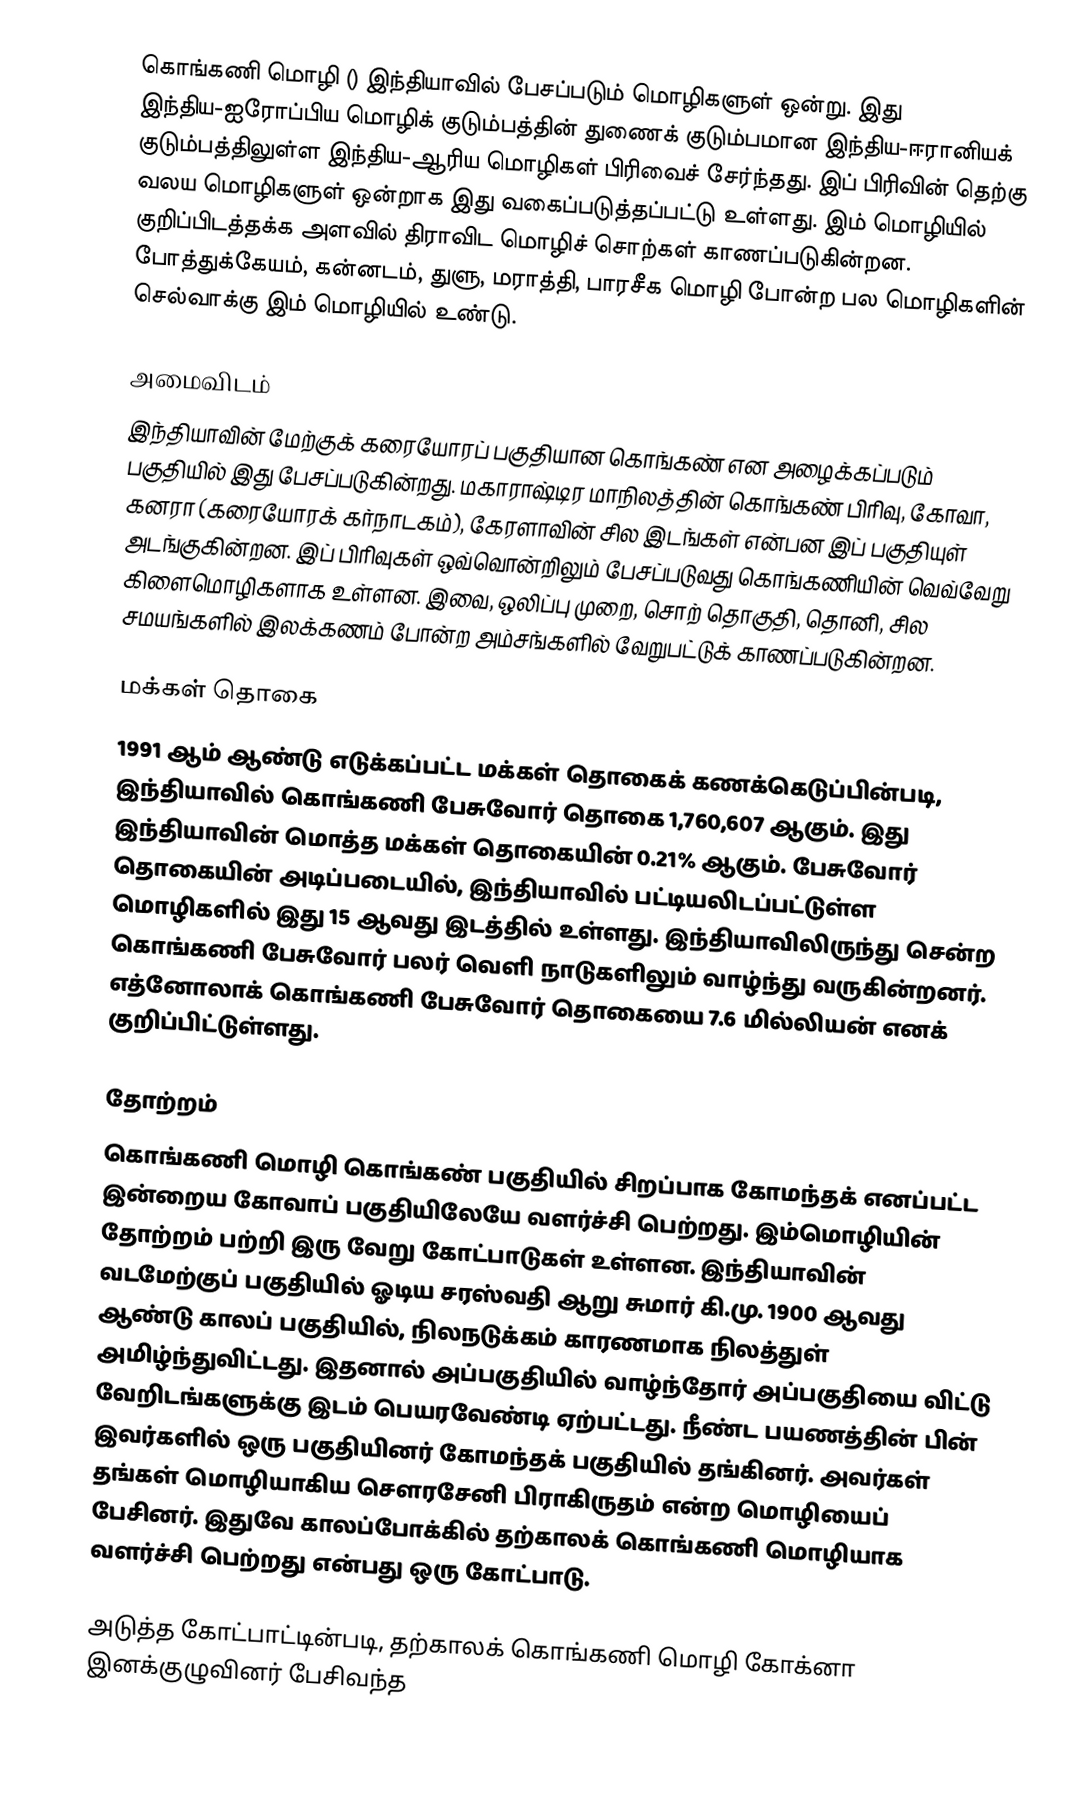
கொங்கணி மொழி () இந்தியாவில் பேசப்படும் மொழிகளுள் ஒன்று. இது இந்திய-ஐரோப்பிய மொழிக் குடும்பத்தின் துணைக் குடும்பமான இந்திய-ஈரானியக் குடும்பத்திலுள்ள இந்திய-ஆரிய மொழிகள் பிரிவைச் சேர்ந்தது. இப் பிரிவின் தெற்கு வலய மொழிகளுள் ஒன்றாக இது வகைப்படுத்தப்பட்டு உள்ளது. இம் மொழியில் குறிப்பிடத்தக்க அளவில் திராவிட மொழிச் சொற்கள் காணப்படுகின்றன. போத்துக்கேயம், கன்னடம், துளு, மராத்தி, பாரசீக மொழி போன்ற பல மொழிகளின் செல்வாக்கு இம் மொழியில் உண்டு.

அமைவிடம்
இந்தியாவின் மேற்குக் கரையோரப் பகுதியான கொங்கண் என அழைக்கப்படும் பகுதியில் இது பேசப்படுகின்றது. மகாராஷ்டிர மாநிலத்தின் கொங்கண் பிரிவு, கோவா, கனரா (கரையோரக் கர்நாடகம்), கேரளாவின் சில இடங்கள் என்பன இப் பகுதியுள் அடங்குகின்றன. இப் பிரிவுகள் ஒவ்வொன்றிலும் பேசப்படுவது கொங்கணியின் வெவ்வேறு கிளைமொழிகளாக உள்ளன. இவை, ஒலிப்பு முறை, சொற் தொகுதி, தொனி, சில சமயங்களில் இலக்கணம் போன்ற அம்சங்களில் வேறுபட்டுக் காணப்படுகின்றன.

மக்கள் தொகை
1991 ஆம் ஆண்டு எடுக்கப்பட்ட மக்கள் தொகைக் கணக்கெடுப்பின்படி, இந்தியாவில் கொங்கணி பேசுவோர் தொகை 1,760,607 ஆகும். இது இந்தியாவின் மொத்த மக்கள் தொகையின் 0.21% ஆகும். பேசுவோர் தொகையின் அடிப்படையில், இந்தியாவில் பட்டியலிடப்பட்டுள்ள மொழிகளில் இது 15 ஆவது இடத்தில் உள்ளது. இந்தியாவிலிருந்து சென்ற கொங்கணி பேசுவோர் பலர் வெளி நாடுகளிலும் வாழ்ந்து வருகின்றனர். எத்னோலாக் கொங்கணி பேசுவோர் தொகையை 7.6 மில்லியன் எனக் குறிப்பிட்டுள்ளது.

தோற்றம்
கொங்கணி மொழி கொங்கண் பகுதியில் சிறப்பாக கோமந்தக் எனப்பட்ட இன்றைய கோவாப் பகுதியிலேயே வளர்ச்சி பெற்றது. இம்மொழியின் தோற்றம் பற்றி இரு வேறு கோட்பாடுகள் உள்ளன. இந்தியாவின் வடமேற்குப் பகுதியில் ஓடிய சரஸ்வதி ஆறு சுமார் கி.மு. 1900 ஆவது ஆண்டு காலப் பகுதியில், நிலநடுக்கம் காரணமாக நிலத்துள் அமிழ்ந்துவிட்டது. இதனால் அப்பகுதியில் வாழ்ந்தோர் அப்பகுதியை விட்டு வேறிடங்களுக்கு இடம் பெயரவேண்டி ஏற்பட்டது. நீண்ட பயணத்தின் பின் இவர்களில் ஒரு பகுதியினர் கோமந்தக் பகுதியில் தங்கினர். அவர்கள் தங்கள் மொழியாகிய சௌரசேனி பிராகிருதம் என்ற மொழியைப் பேசினர். இதுவே காலப்போக்கில் தற்காலக் கொங்கணி மொழியாக வளர்ச்சி பெற்றது என்பது ஒரு கோட்பாடு.

அடுத்த கோட்பாட்டின்படி, தற்காலக் கொங்கணி மொழி கோக்னா இனக்குழுவினர் பேசிவந்த